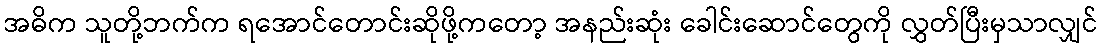
အဓိက သူတို့ဘက်က ရအောင်တောင်းဆိုဖို့ကတော့ အနည်းဆုံး ခေါင်းဆောင်တွေကို လွှတ်ပြီးမှသာလျှင်